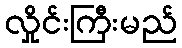
လှိုင်းကြီးမည်